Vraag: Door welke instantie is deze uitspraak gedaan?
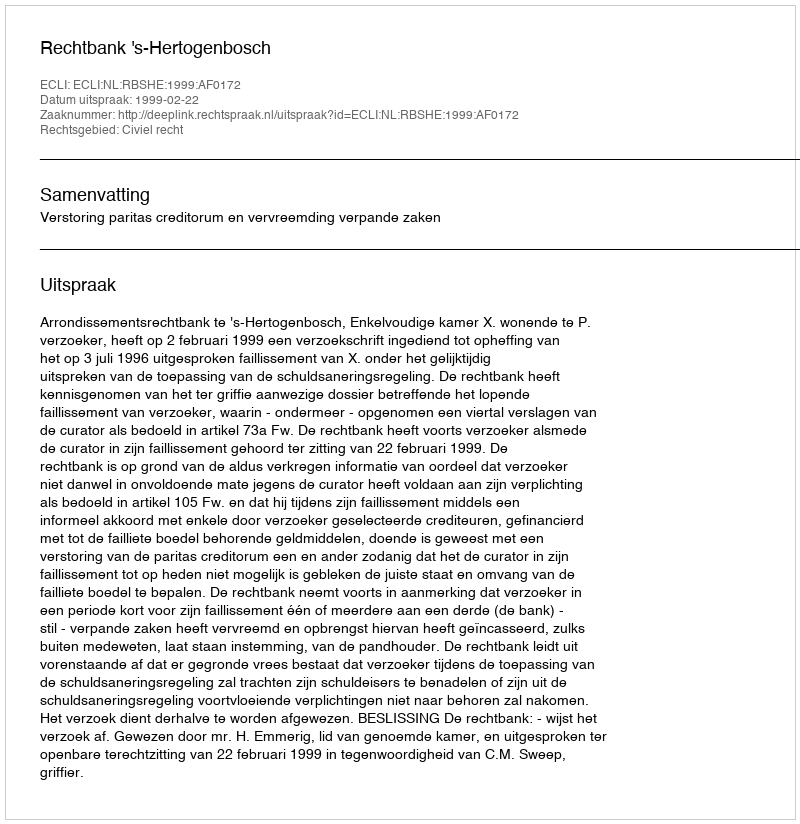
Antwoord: Rechtbank 's-Hertogenbosch